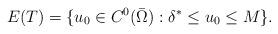
LaTeX: \begin{align*} E(T)=\{u_0 \in C^0(\bar{\Omega}) : \delta^* \leq u_0 \leq M\}. \end{align*}